Annual returns of the Patna Lunatic Asylum at Bankipore in Bihar and Orissa - 1912-1924
Year: 1912
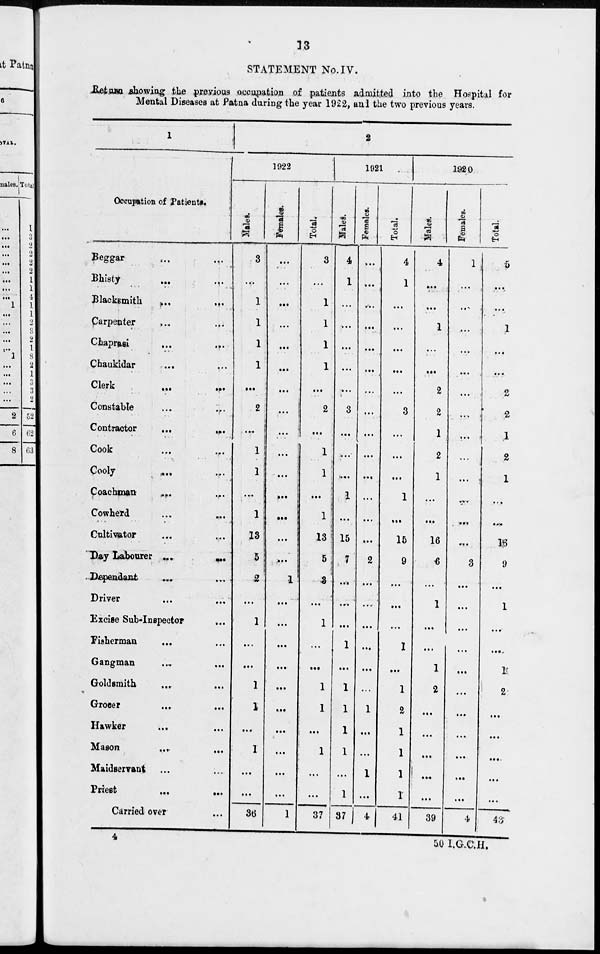
13
STATEMENT No. IV.
Return showing the previous occupation of patients admitted into the Hospital for
Mental Diseases at Patna during the year 1922, and the two previous years.
1
Occupation of Patients.
Beggar
...
...
Bhisty
...
...
Blacksmith
...
...
Carpenter ... ...
Chaprasi
...
...
Chaukidar
... ...
Clerk
...
...
Constable
...
...
Contractor
...
...
Cook
...
...
Cooly
... ...
Coachman
... ...
Cowherd ... ...
Cultivator ... ...
Day Labourer ...
...
Dependant ... ...
Driver ... ...
Excise Sub-Inspector ...
Fisherman ... ...
Gangman
...
...
Goldsmith
...
...
Grocer ... ...
Hawker ... ...
Mason
...
...
Maidservant ... ...
Priest
...
...
Carried over ...
2
1922
Males.
3
...
1
1
1
1
...
2
...
1
1
...
1
13
5
2
...
1
...
...
1
1
...
1
...
...
36
Females.
...
...
...
...
...
...
...
...
...
...
...
...
...
...
...
1
...
...
...
...
...
...
...
...
...
...
1
Total.
3
...
1
1
1
1
...
2
...
1
1
...
1
13
5
3
...
1
...
...
1
1
...
1
...
...
37
1921
Males.
4
1
...
...
...
...
...
3
...
...
... 1
...
15
7
...
...
...
1
...
1
1
1
1
...
1
37
Females.
...
...
...
...
...
...
...
...
...
...
...
...
...
....
2
...
...
...
...
...
...
1
...
...
1
...
4
Total.
4
1
...
...
...
...
...
3
...
...
...
1
...
15
9
...
...
...
1
...
1
2
1
1
1
1
41
1920
Males.
4
...
...
1
...
...
2
2
1
2
1
...
...
16
6
...
1
...
...
1
2
...
...
...
...
...
39
Females.
1
...
...
...
...
....
...
...
...
...
...
...
...
...
3
...
...
...
...
...
...
...
...
...
...
...
4
Total.
5
...
...
1
...
...
2
2
1
2
1
...
...
16
9
...
1
...
...
1
2
...
...
...
...
...
43
4
50 I.G.C.H.